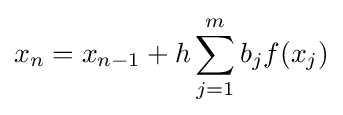
x_{n}=x_{n-1}+h\sum _{j=1}^{m}b_{j}f(x_{j})